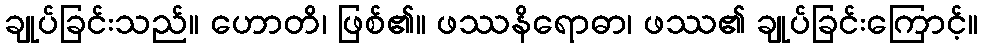
ချုပ်ခြင်းသည်။ ဟောတိ၊ ဖြစ်၏။ ဖဿနိရောဓာ၊ ဖဿ၏ ချုပ်ခြင်းကြောင့်။